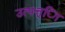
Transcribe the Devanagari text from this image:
उत्पत्त्िा